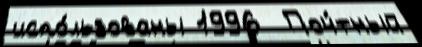
испо́льзованы 1996  Поч́тный